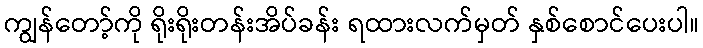
ကျွန်တော့်ကို ရိုးရိုးတန်းအိပ်ခန်း ရထားလက်မှတ် နှစ်စောင်ပေးပါ။